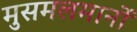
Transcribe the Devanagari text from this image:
मुसमलमानों